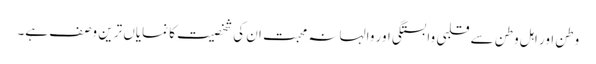
وطن اور اہل وطن سے قلبی وابستگی اور والہانہ محبت ان کی شخصیت کا نمایاں ترین وصف ہے۔